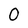
Character: 0